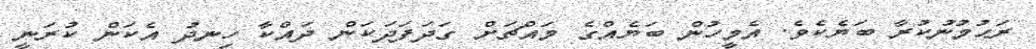
ރަޙުމުނުކުރާ ބަޔެކެވެ. އެމީހުން ބަޔެއްގެ މައްޗަށް ގަދަފަދަކަން ދައްކާ ހިނދު އެކަން ކުރަނީ